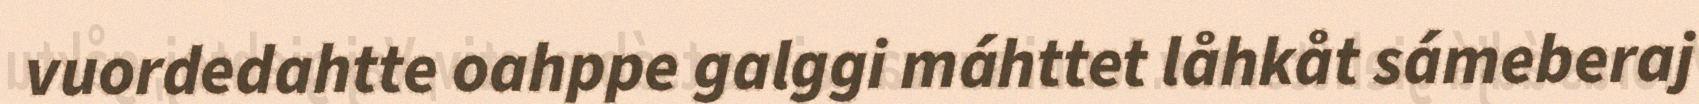
vuordedahtte oahppe galggi máhttet låhkåt sámeberaj